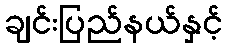
ချင်းပြည်နယ်နှင့်